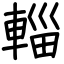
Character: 輜